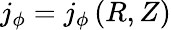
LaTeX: j_{\phi}=j_{\phi}\left(R,Z\right)